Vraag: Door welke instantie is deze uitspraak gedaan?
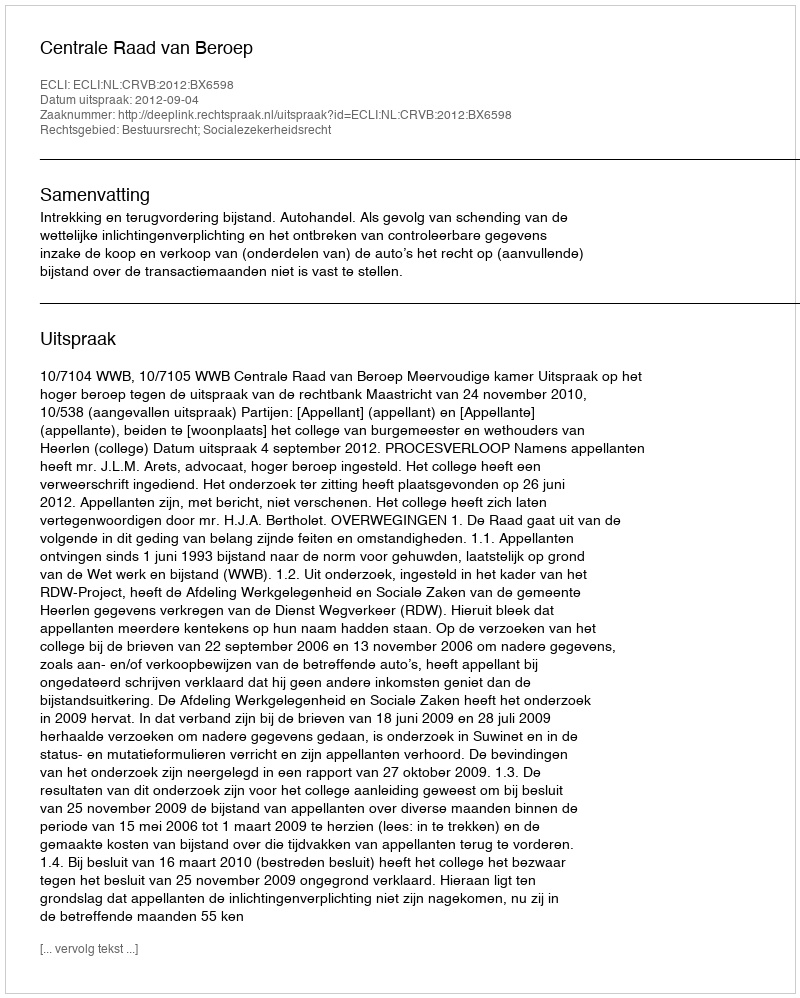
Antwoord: Centrale Raad van Beroep